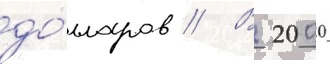
до́лларов // В 2000